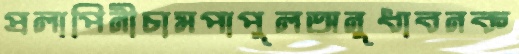
প্রলাপিনীচামপাপুলঅনুধাবনক